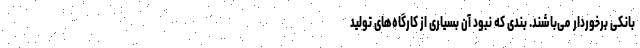
بانکی برخوردار می‌باشند. بندی که نبود آن بسیاری از کارگاه‌های تولید